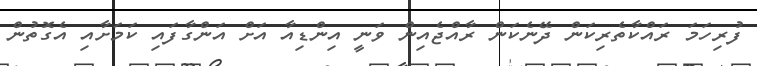
ފުރިހަމަ ރައްކާތެރިކަން ދޭނެކަން ރާއްޖެއިން ވަނީ އިންޑިއާ އަށް އަންގާފައި ކަމަށާއި އެގޮތުން